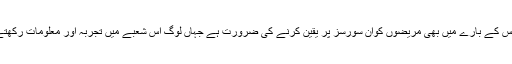
ذیابیطس کے بارے میں بھی مریضوں کوان سورسز پر یقین کرنے کی ضرورت ہے جہاں لوگ اس شعبے میں تجربہ اور معلومات رکھتے ہوں۔